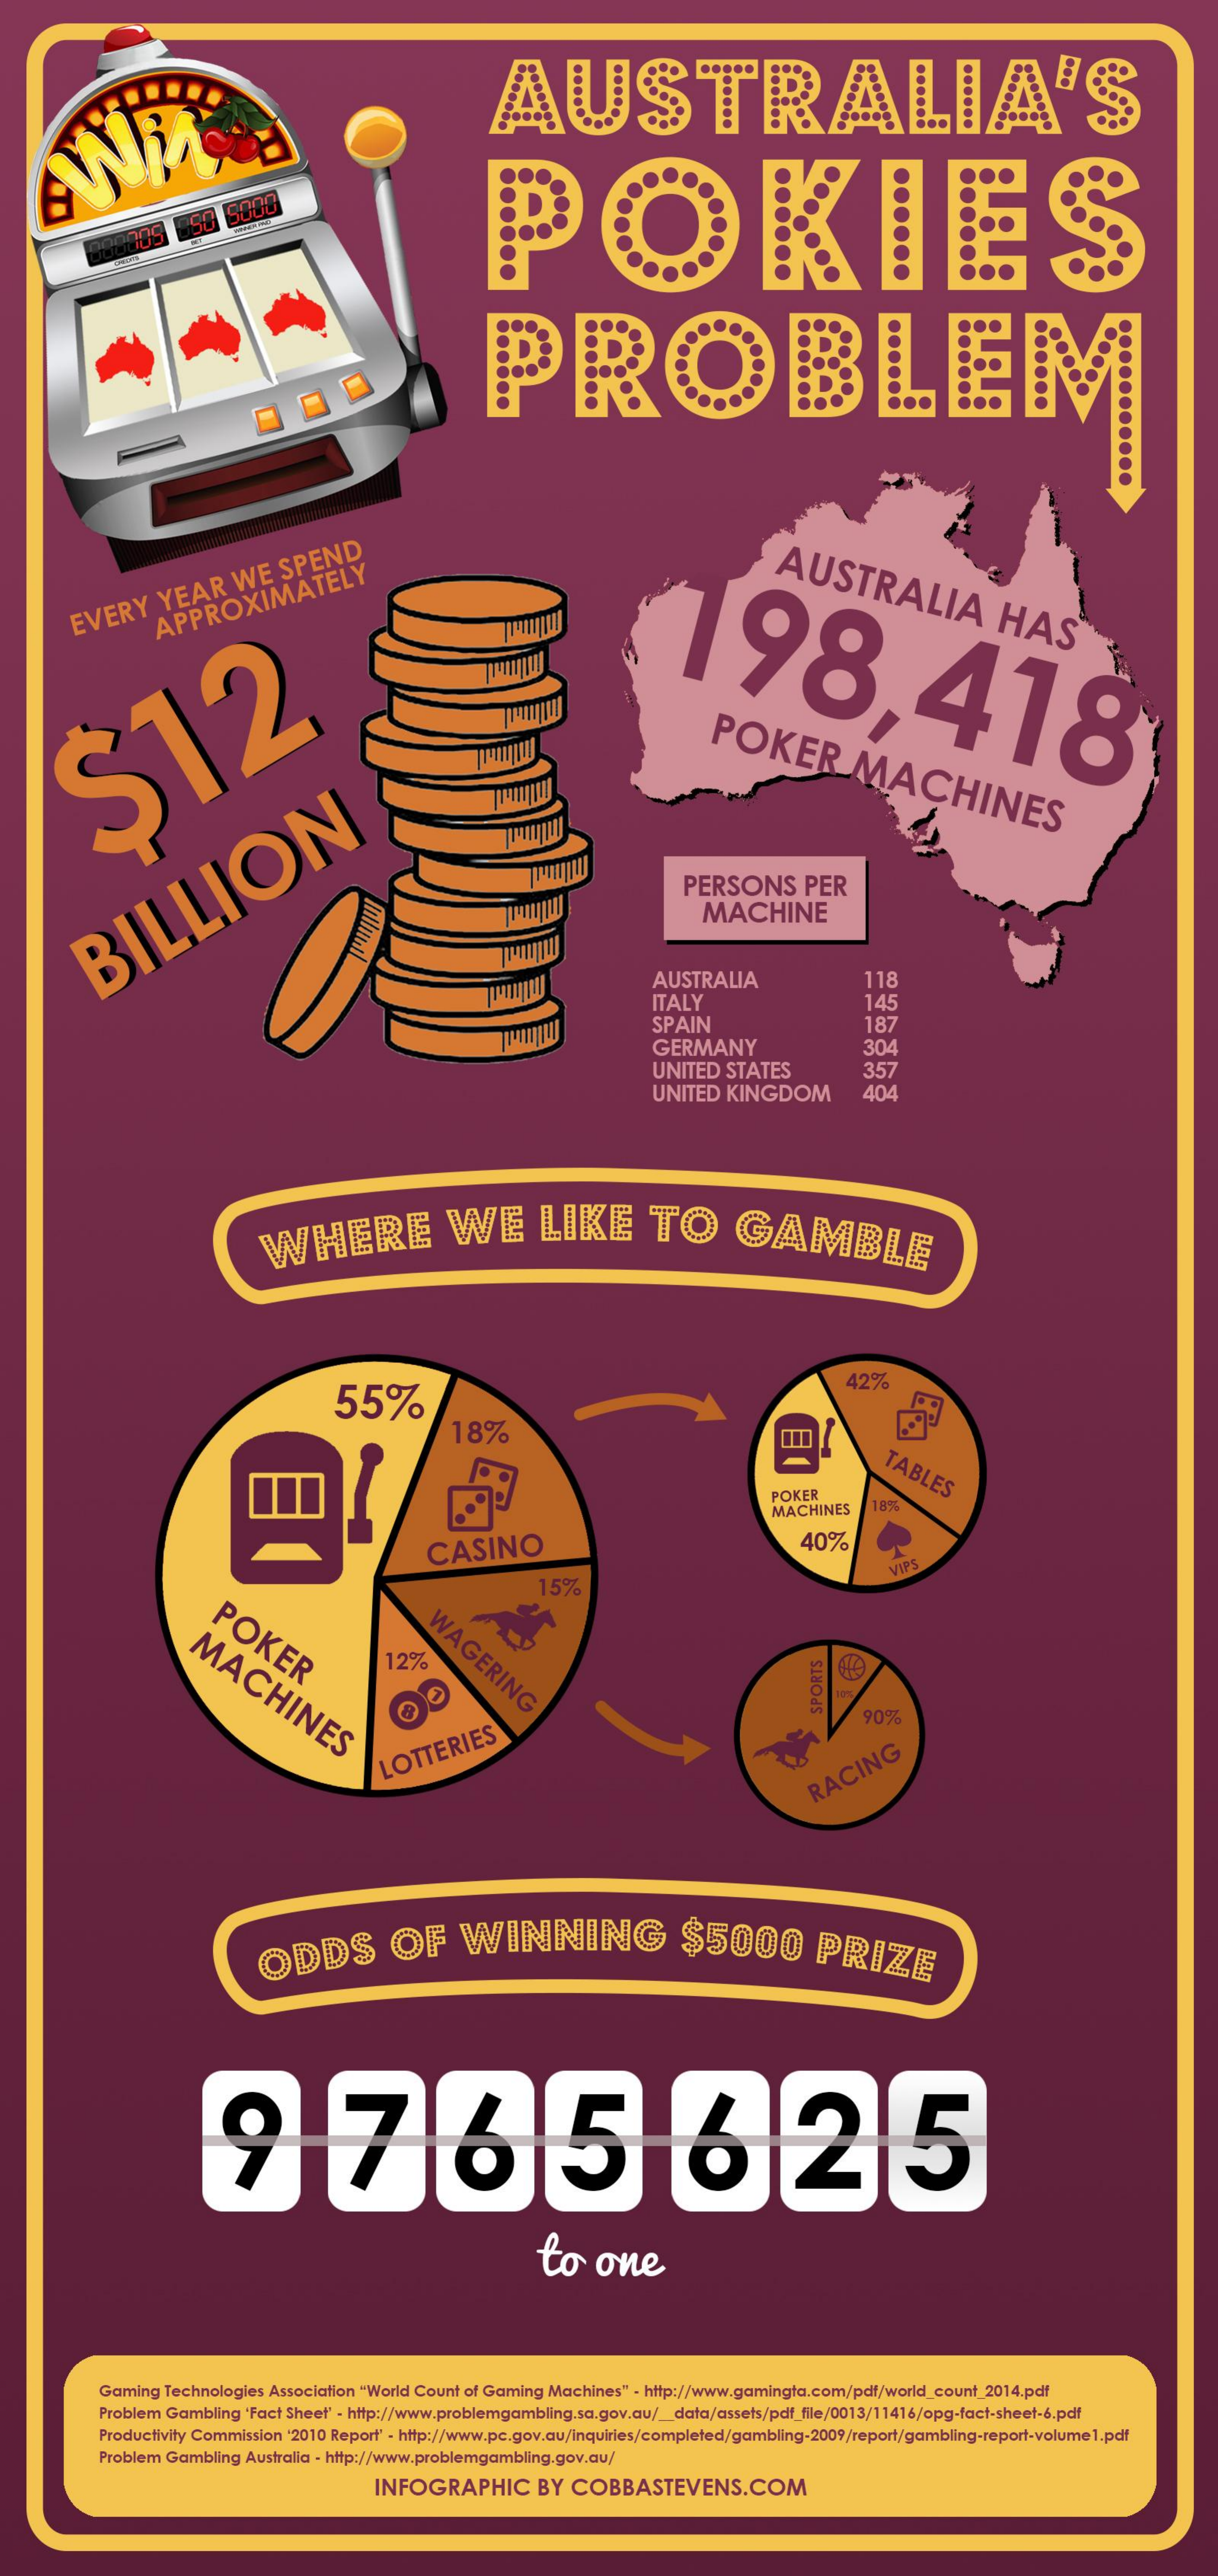
AUSTRALIA'S
     POKIES 000005
     50  5000
     PROBLEM
     AUSTRALIA
     HAS
     198,418
     EVERY    YEAR    WE    SPEND
     APPROXIMATELY
     POKER
     MACHINES $12
     PERSONS    PER
     MACHINE BILLION
     AUSTRALIA    118
     ITALY
     SPAIN
     145
     GERMANY
     187
     304
     UNITED   STATES
     UNITED   KINGDOM
     357
     404
     WHERE    WE    LIKE    TO    GAMBLE
     55%
     42%
     18%
     TABLES
     POKER
     MACHINES    18%
     CASINO    40%
     POKER
     15%
     VIPS
     WAGERING MACHINES
     12%
     90%
     SPORTS
     LOTTERIES    RACING
     ODDS    OF    WINNING    $5000    PRIZE
     9765625
     to    one
     Gaming  Technologies Association "World Count of Gaming Machines" - http://www.gamingta.com/pdf/world_count_2014.pdf
     Problem Gambling 'Fact Sheet' - http://www.problemgambling.sa.gov.au/_data/assets/pdf_file/0013/11416/opg-fact-sheet-6.pdf
     Productivity Commission '2010 Report' - http://www.pc.gov.au/Inquiries/completed/gambling-2009/report/gambling-report-volume1.pdf
     Problem Gambling Australia - http://www.problemgambling.gov.au/
     INFOGRAPHIC    BY  COBBASTEVENS.COM